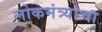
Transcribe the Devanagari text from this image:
लोकमंत्र्यांचा